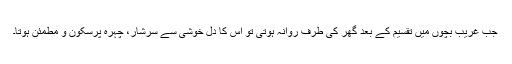
جب غریب بچوں میں تقسیم کے بعد گھر کی طرف روانہ ہوتی تو اس کا دل خوشی سے سرشار، چہرہ پرسکون و مطمئن ہوتا۔